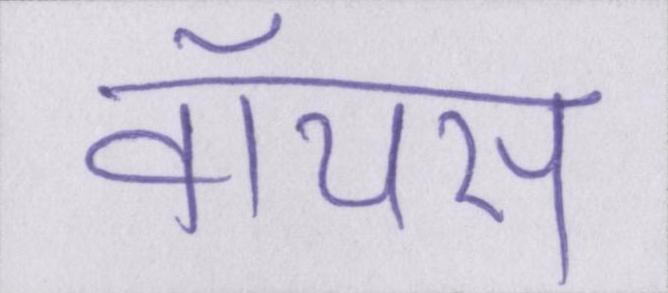
वॉयस